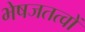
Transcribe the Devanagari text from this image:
भेषजतत्वों